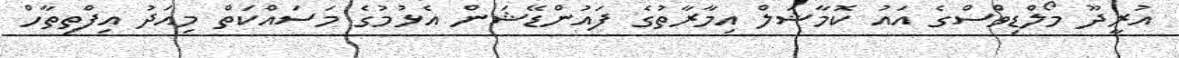
އުރީދޫ މޯލްޑިވްސްގެ އައު ކޮމާޝަލް އިމާރާތުގެ ފައުންޑޭޝަން އެޅުމުގެ މަސައްކަތް މިއަދު އިފްތިތާހް